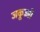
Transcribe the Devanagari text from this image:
जकूज्जी